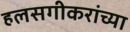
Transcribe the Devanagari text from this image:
हलसगीकरांच्या